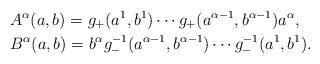
LaTeX: \begin{align*}&A^\alpha (a,b)= g_{+}(a^1,b^1) \cdots g_{+}(a^{\alpha-1}, b^{\alpha -1}) a^\alpha, \\& B^\alpha(a,b) = b^\alpha g^{-1}_-(a^{\alpha-1}, b^{\alpha -1})\cdots g^{-1}_-(a^1,b^1). \end{align*}